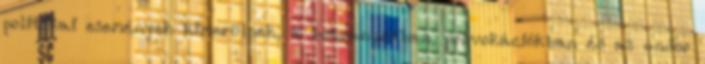
politikai események kimerülnek, a botrányokban, provokációkban és az undor